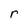
Character: r